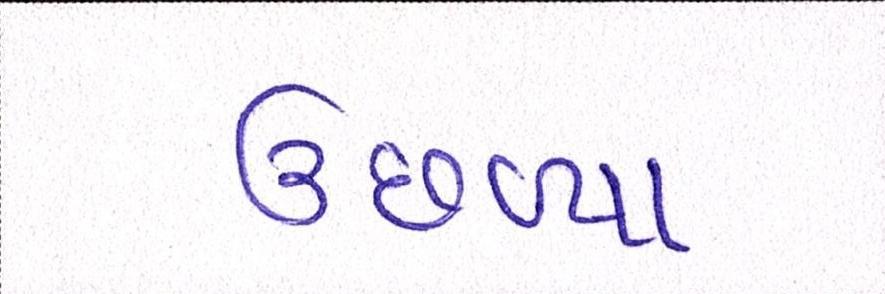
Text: ઉછળ્યા